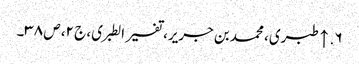
۶. ↑ طبری، محمد بن جریر، تفسیر الطبری، ج ۲، ص ۳۸۔